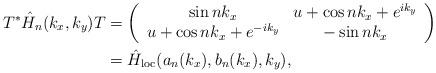
LaTeX: \begin{align*}T^* \hat{H}_n(k_x, k_y) T&=\left(\begin{array}{cc}\sin n k_x & u + \cos nk_x + e^{ik_y} \\u + \cos n k_x + e^{-ik_y} & - \sin n k_x\end{array}\right) \\&=\hat{H}_{\mathrm{loc}}(a_n(k_x), b_n(k_x), k_y),\end{align*}